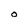
Character: O